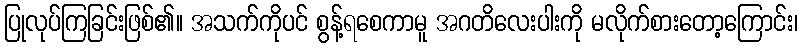
ပြုလုပ်ကြခြင်းဖြစ်၏။ အသက်ကိုပင် စွန့်ရစေကာမူ အဂတိလေးပါးကို မလိုက်စားတော့ကြောင်း၊